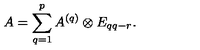
A = \sum _ { q = 1 } ^ { p } A ^ { ( q ) } \otimes E _ { q q - r } .